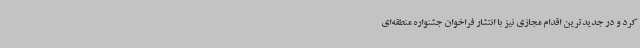
کرد و در جدیدترین اقدام مجازی نیز با انتشار فراخوان جشنواره منطقه‌ای